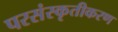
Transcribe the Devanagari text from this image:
परसंस्कृतीकरण